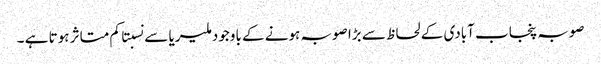
صوبہ پنجاب آبادی کے لحاظ سے بڑا صوبہ ہونے کے باوجود ملیریا سے نسبتا کم متاثر ہوتا ہے ۔